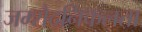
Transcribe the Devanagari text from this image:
जम्‍शैदनिकलता